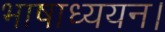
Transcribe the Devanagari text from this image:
भाषाध्ययन।